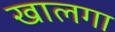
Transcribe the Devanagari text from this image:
खालगा